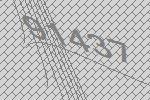
91437